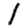
Digit: 1